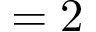
= 2